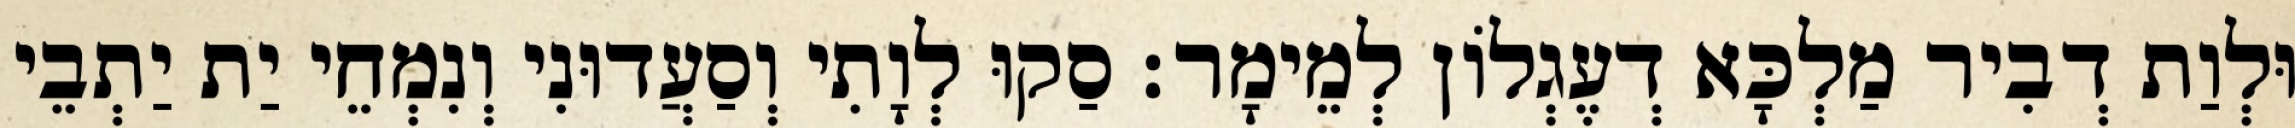
וּלְוַת דְבִיר מַלְכָּא דְעֶגְלוֹן לְמֵימָר׃ סַקוּ לְוָתִי וְסַעֲדוּנִי וְנִמְחֵי יַת יַתְבֵי